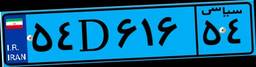
۵۴D۶۱۶۵۴